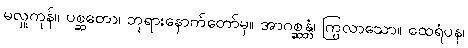
မလှူကုန်။ ပစ္ဆတော၊ ဘုရားနောက်တော်မှ။ အာဂစ္ဆန္တံ၊ ကြွလာသော။ ထေရံပန၊